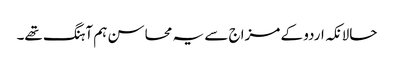
حالانکہ اردو کے مزاج سے یہ محاسن ہم آہنگ تھے۔